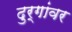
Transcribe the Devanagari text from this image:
दुर्गांवर